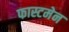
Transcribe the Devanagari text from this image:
फास्टमेन